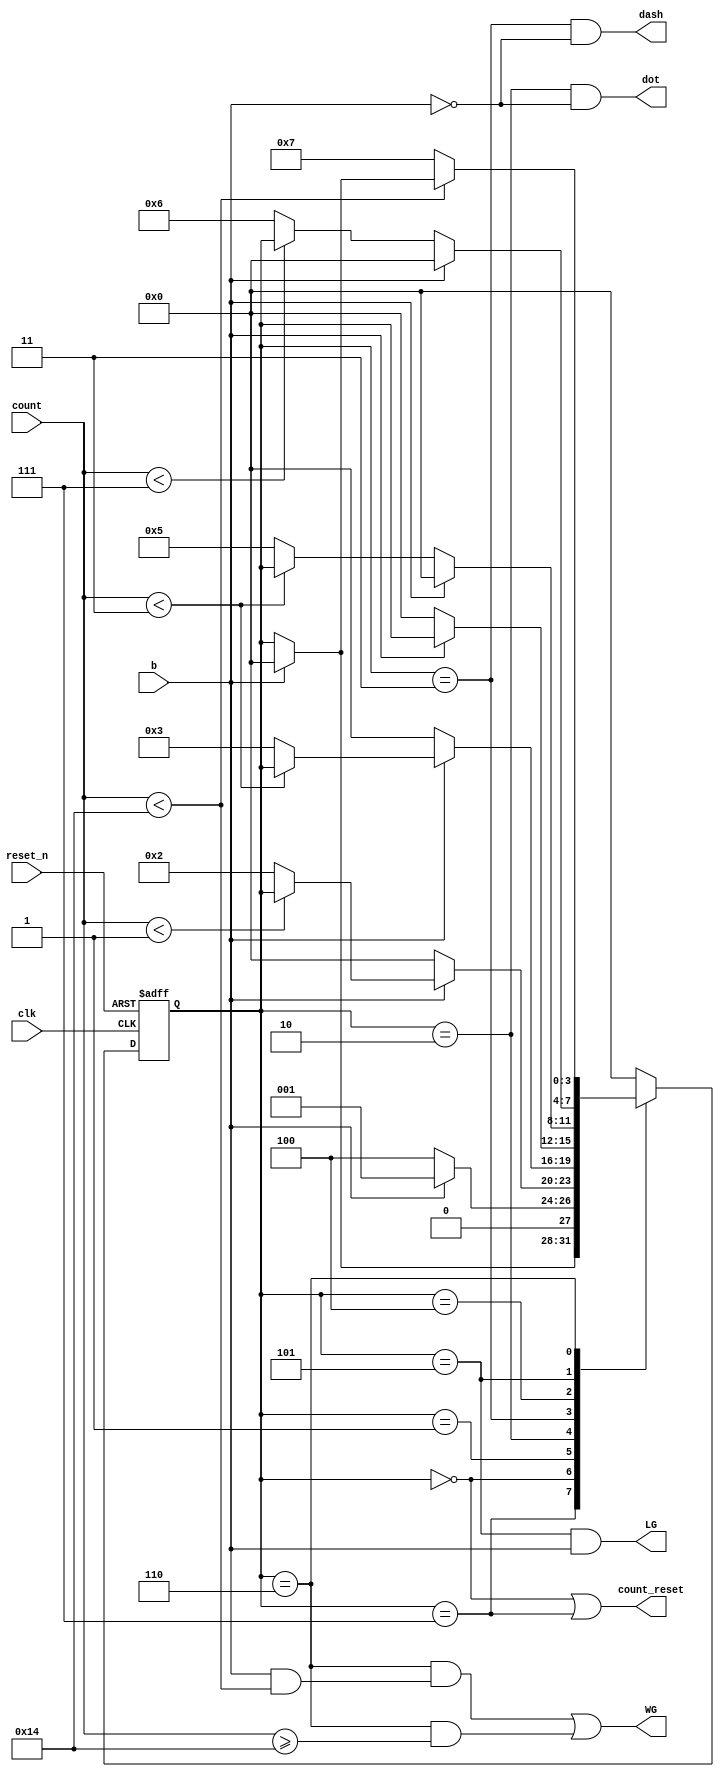
`timescale 1ns / 1ps
//////////////////////////////////////////////////////////////////////////////////
// Company: 
// Engineer: 
// 
// Design Name: 
// Module Name: morse_decoder_fsm
// Project Name: 
// Target Devices: 
// Tool Versions: 
// Description: 
// 
// Dependencies: 
// 
// Revision:
// Revision 0.01 - File Created
// Additional Comments:
// 
//////////////////////////////////////////////////////////////////////////////////


module morse_decoder_fsm_revised
    #(parameter BITS = 5) (

        input b,
        input clk,
        input reset_n,
        input [BITS-1:0] count,
        output dot,
        output dash,
        output LG,
        output WG,
        output count_reset
        
    );
    
    reg [3:0] state_reg, state_next;
	localparam s_idle = 7;
    localparam s0 = 0;
    localparam s1 = 1;
    localparam s2 = 2;
    localparam s3 = 3;
    localparam s4 = 4;
    localparam s5 = 5;
    localparam s6 = 6;

    
    always @(posedge clk, negedge reset_n)
    begin
        if (~reset_n)
            state_reg <= s_idle;
        else
            state_reg <= state_next;
    end
    
    always @(*)
    begin
        case(state_reg)
			s_idle: 
				if (b)
					state_next = s0;
				else
					state_next = state_reg;
            s0:
                if(b)
                    state_next = s1;
                else
                    state_next = s4;
            s1: 
                if(b)
                    if(count < 1)
                        state_next = state_reg;
                    else
                        state_next = s2;
                else
                    state_next = s0;            
            s2:
                if(b)
                    if(count < 3)
                        state_next = state_reg;
                    else
                        state_next = s3;
                else
                    state_next = s0;               
            s3:
                if(b)
                    state_next = state_reg;
                else
                    state_next = s0;                
            s4:
                if(~b)
                    if(count < 3)
                        state_next = state_reg;
                    else
                        state_next = s5;
                else
                    state_next = s0;               
            s5:
                if(~b)
                    if(count < 7)
                        state_next = state_reg;
                    else
                        state_next = s6;
                else
                    state_next = s0;    
            s6:
                if(count < 20)
                    if(~b)
                        state_next = state_reg;
                    else
                        state_next = s0;
                else
                    state_next = s_idle;    
         
         default: state_next = s0; 
        endcase
    end
    
    //Assignment of Outputs
    assign dot  = (state_reg == s2 & ~b);
    assign dash = (state_reg == s3 & ~b);
    assign LG   = (state_reg == s5 & b);
    assign WG   = (state_reg == s6 & (b & count < 20)) | (state_reg == s6 & count >= 20);
    assign count_reset = (state_reg == s0) | (state_reg == s_idle); 
    
endmodule